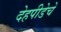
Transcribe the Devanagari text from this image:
देहपीडेचे